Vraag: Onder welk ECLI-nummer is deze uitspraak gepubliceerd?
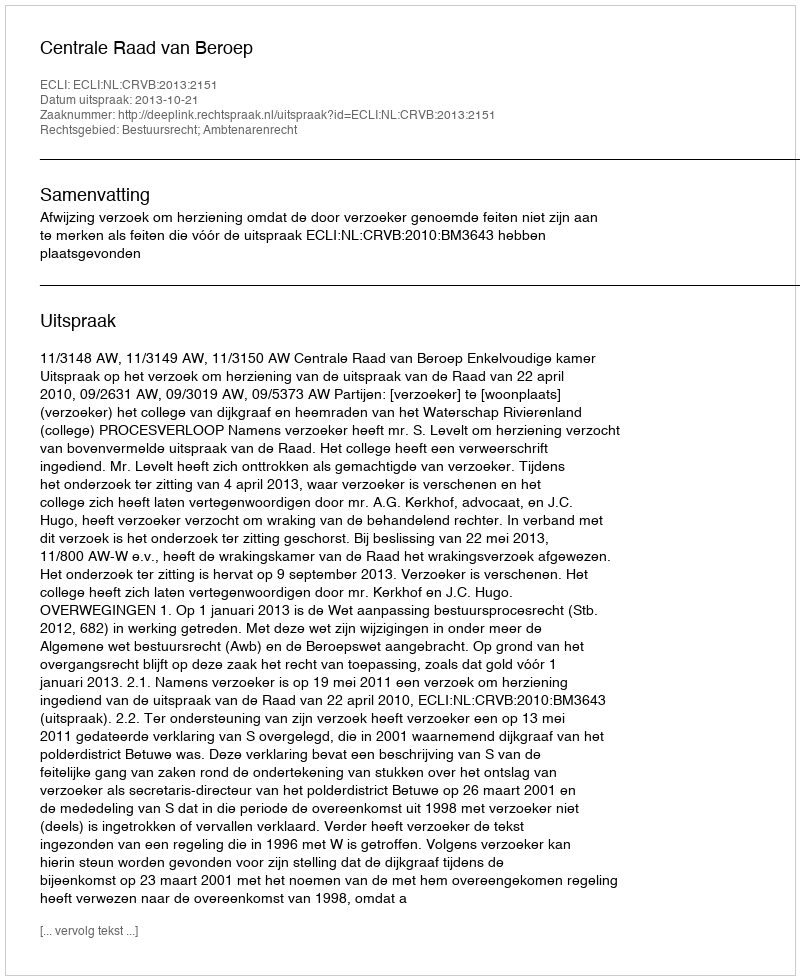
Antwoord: ECLI:NL:CRVB:2013:2151